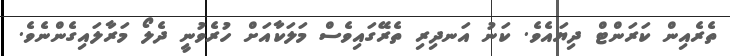
ތެރެއިން ކަރަންޓް ދިޔައެވެ. ކަނު އަނދިރި ތެރޭގައިވެސް މަލަކާއަށް ހުރެވުނީ ދެލޯ މަރާލައިގެންނެވެ.